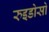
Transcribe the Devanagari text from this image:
रुइडोसो